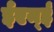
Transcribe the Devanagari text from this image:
ईएम्‌ई